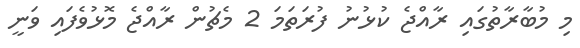
މި މުބާރާތުގައި ރާއްޖެ ކުޅުނު ފުރަތަމަ 2 މެޗުން ރާއްޖެ މޮޅުވެފައި ވަނީ